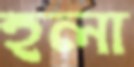
হলা